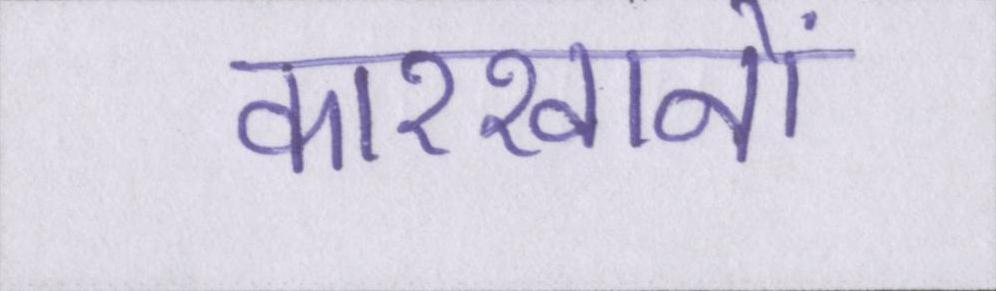
कारखानों